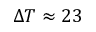
\Delta T \approx 2 3